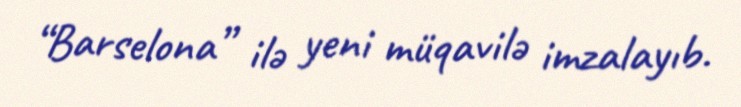
“Barselona” ilə yeni müqavilə imzalayıb.